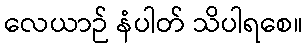
လေယာဉ် နံပါတ် သိပါရစေ။